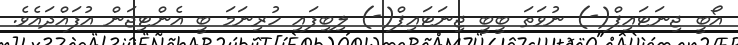
އޯބީ ޖިނަޓައިޕްް(-) ނުވަތަ ބީބީ ޖިނަޓައިޕް(-) ލިބިފައި ހުރިނަމަ ބީ އެންޓިޖަން އުފައްދައެވެ.